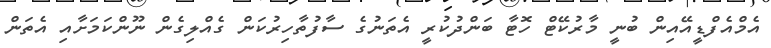
އެމްއެފްޑީއޭއިން ބުނީ މާރުކޭޓް ހޮޓާ ބަންދުކުރީ އެތަނުގެ ސާފުތާހިރުކަން ގެއްލިގެން ނޫންކަމަށާއި އެތަން